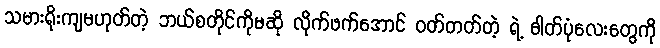
သမားရိုးကျမဟုတ်တဲ့ ဘယ်စတိုင်ကိုမဆို လိုက်ဖက်အောင် ဝတ်တတ်တဲ့ ရဲ့ ဓါတ်ပုံလေးတွေကို